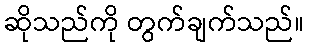
ဆိုသည်ကို တွက်ချက်သည်။